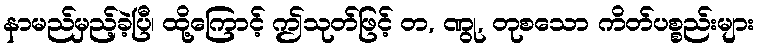
နာမည်မှည့်ခဲ့ပြီ၊ ထို့ကြောင့် ဤသုတ်ဖြင့် တ, ဏွု, တုစသော ကိတ်ပစ္စည်းများ